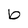
Character: b